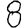
Digit: 8